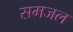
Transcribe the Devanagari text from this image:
समजल